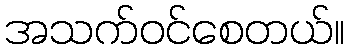
အသက်ဝင်စေတယ်။